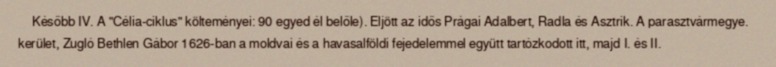
Később IV. A "Célia-ciklus" költeményei: 90 egyed él belőle). Eljött az idős Prágai Adalbert, Radla és Asztrik. A parasztvármegye. kerület, Zugló Bethlen Gábor 1626-ban a moldvai és a havasalföldi fejedelemmel együtt tartózkodott itt, majd I. és II.